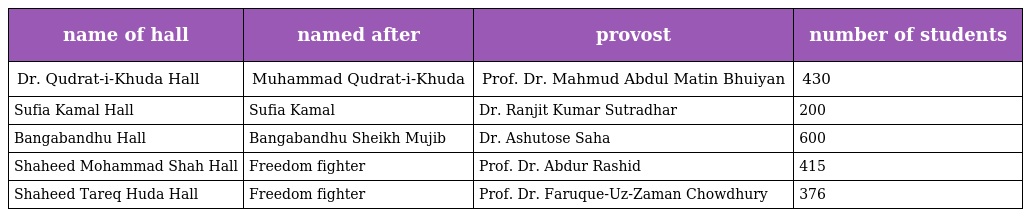
| name of hall | named after | provost | number of students |
 | --- | --- | --- | --- |
 | Dr. Qudrat-i-Khuda Hall | Muhammad Qudrat-i-Khuda | Prof. Dr. Mahmud Abdul Matin Bhuiyan | 430 |
 | Sufia Kamal Hall | Sufia Kamal | Dr. Ranjit Kumar Sutradhar | 200 |
 | Bangabandhu Hall | Bangabandhu Sheikh Mujib | Dr. Ashutose Saha | 600 |
 | Shaheed Mohammad Shah Hall | Freedom fighter | Prof. Dr. Abdur Rashid | 415 |
 | Shaheed Tareq Huda Hall | Freedom fighter | Prof. Dr. Faruque-Uz-Zaman Chowdhury | 376 |